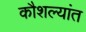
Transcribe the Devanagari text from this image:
कौशल्यांत